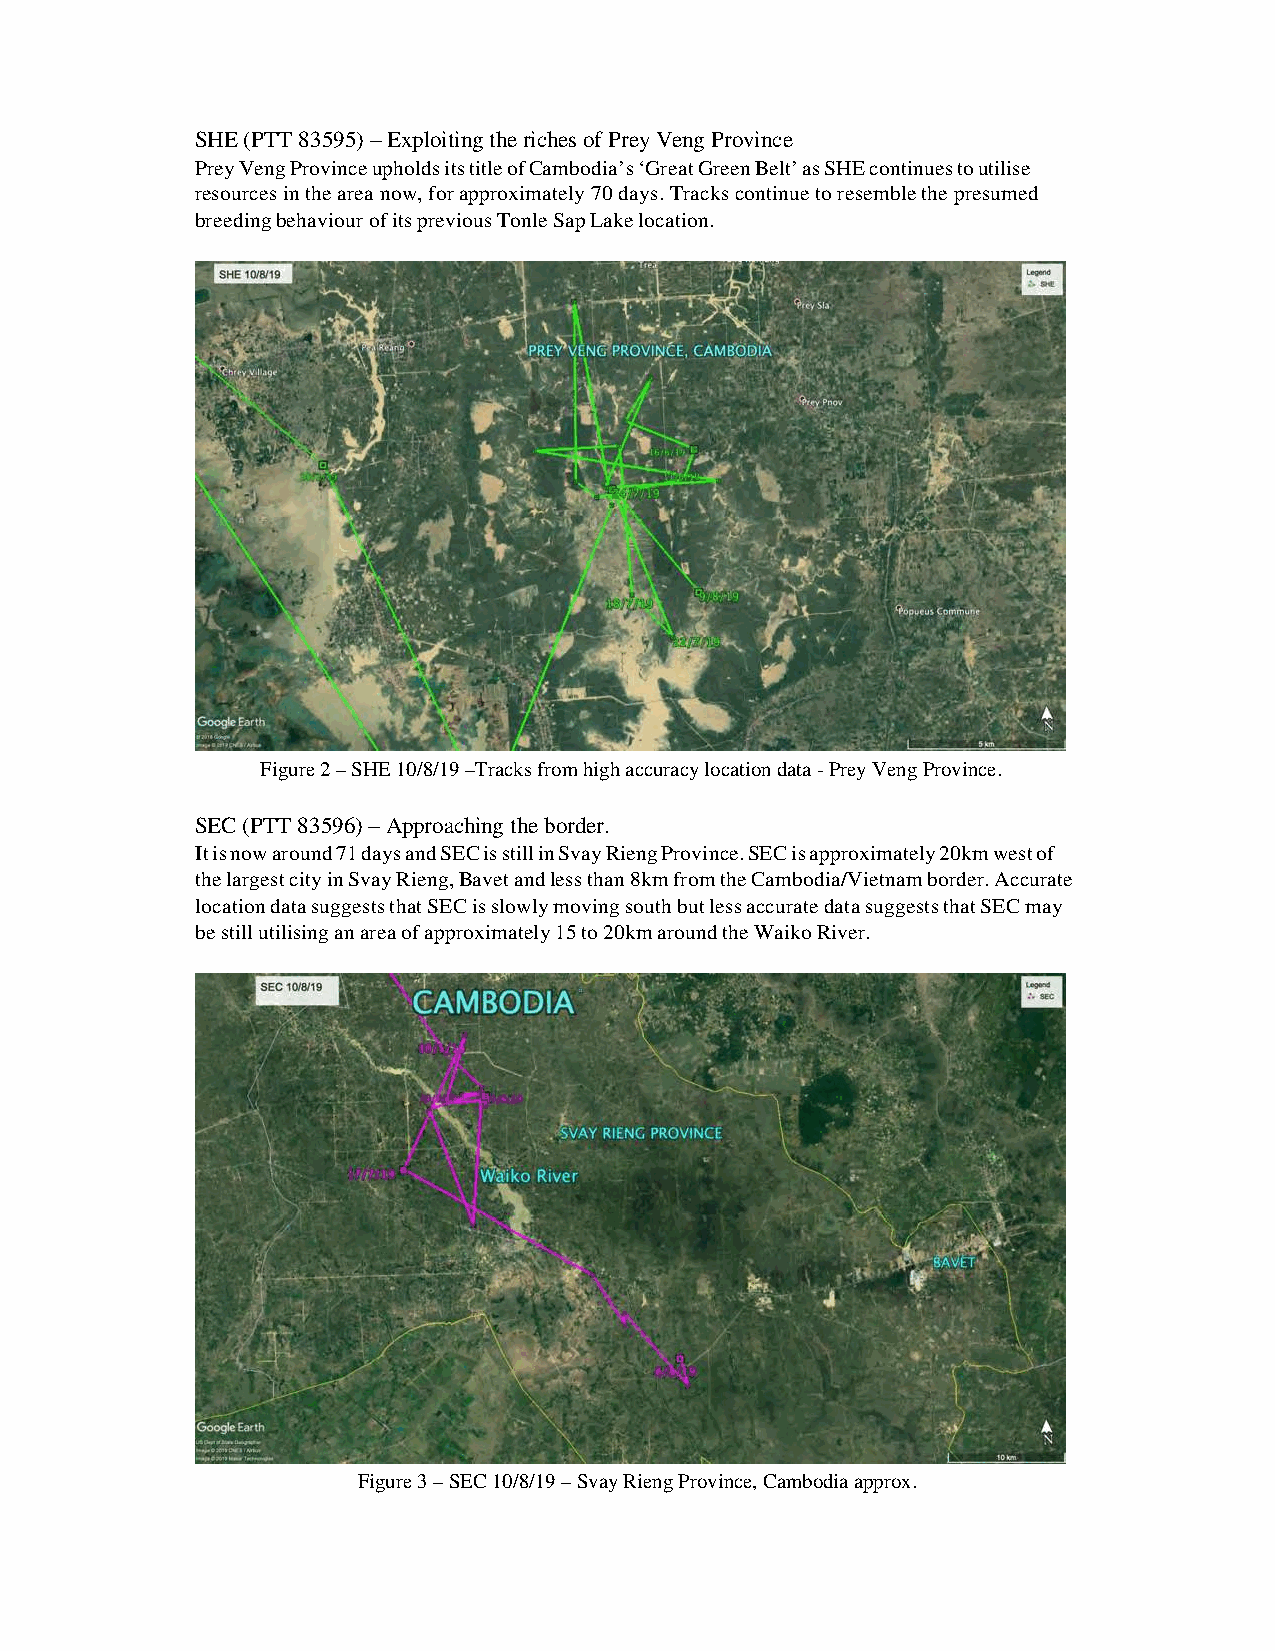
SHE (PTT 83595) – Exploiting the riches of Prey Veng Province
 Prey Veng Province upholds its title of Cambodia’s ‘Great Green Belt’ as SHE continues to utilise
 resources in the area now, for approximately 70 days. Tracks continue to resemble the presumed
 breeding behaviour of its previous Tonle Sap Lake location.
 Figure 2 – SHE 10/8/19 –Tracks from high accuracy location data - Prey Veng Province.
 SEC (PTT 83596) – Approaching the border.
 It is now around 71 days and SEC is still in Svay Rieng Province. SEC is approximately 20km west of
 the largest city in Svay Rieng, Bavet and less than 8km from the Cambodia/Vietnam border. Accurate
 location data suggests that SEC is slowly moving south but less accurate data suggests that SEC may
 be still utilising an area of approximately 15 to 20km around the Waiko River.
 Figure 3 – SEC 10/8/19 – Svay Rieng Province, Cambodia approx.